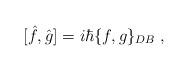
LaTeX: \begin{align*} [\hat f, \hat g] = i\hbar \{f,g\}_{DB}\;, \end{align*}